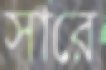
সারে